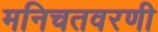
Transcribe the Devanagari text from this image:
मनिचतवरणी